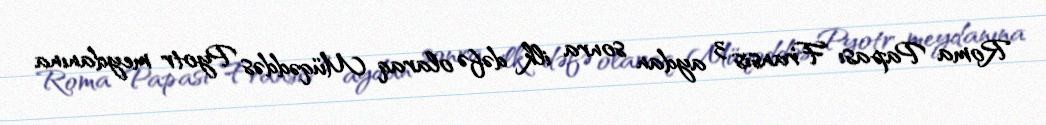
Roma Papası Fransis 3 aydan sonra ilk dəfə olaraq Müqəddəs Pyotr meydanına